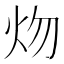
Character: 𤆞